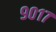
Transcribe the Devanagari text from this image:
९०१७